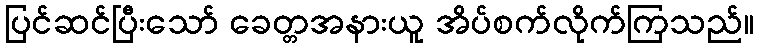
ပြင်ဆင်ပြီးသော် ခေတ္တအနားယူ အိပ်စက်လိုက်ကြသည်။